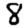
Digit: 8